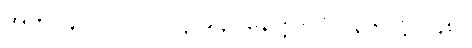
အဘိ-၄-ပါ-၁၇၁၊ ဋ္ဌ-၉၄။ နေတ္တိ-ပါ-၁၃၆၊ ဋ္ဌ-၂၄၈။